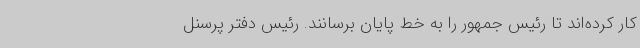
کار کرده‌اند تا رئیس جمهور را به خط پایان برسانند. رئیس دفتر پرسنل